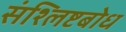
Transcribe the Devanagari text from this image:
संश्लिष्टबोध